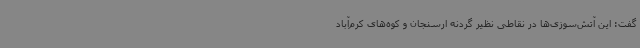
گفت: این آتش‌سوزی‌ها در نقاطی نظیر گردنه ارسنجان و کوه‌های کرم‌آباد